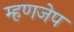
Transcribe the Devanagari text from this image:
म्हणजेप